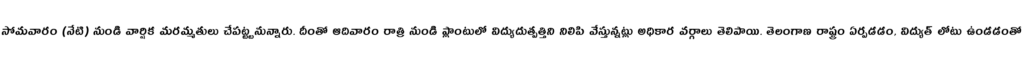
సోమవారం (నేటి) నుండి వార్షిక మరమ్మతులు చేపట్ట్టనున్నారు. దీంతో ఆదివారం రాత్రి నుండి ప్లాంటులో విద్యుదుత్పత్తిని నిలిపి వేస్తున్నట్లు అధికార వర్గాలు తెలిపాయి. తెలంగాణ రాష్ట్రం ఏర్పడడం, విద్యుత్ లోటు ఉండడంతో